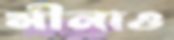
মীনাও